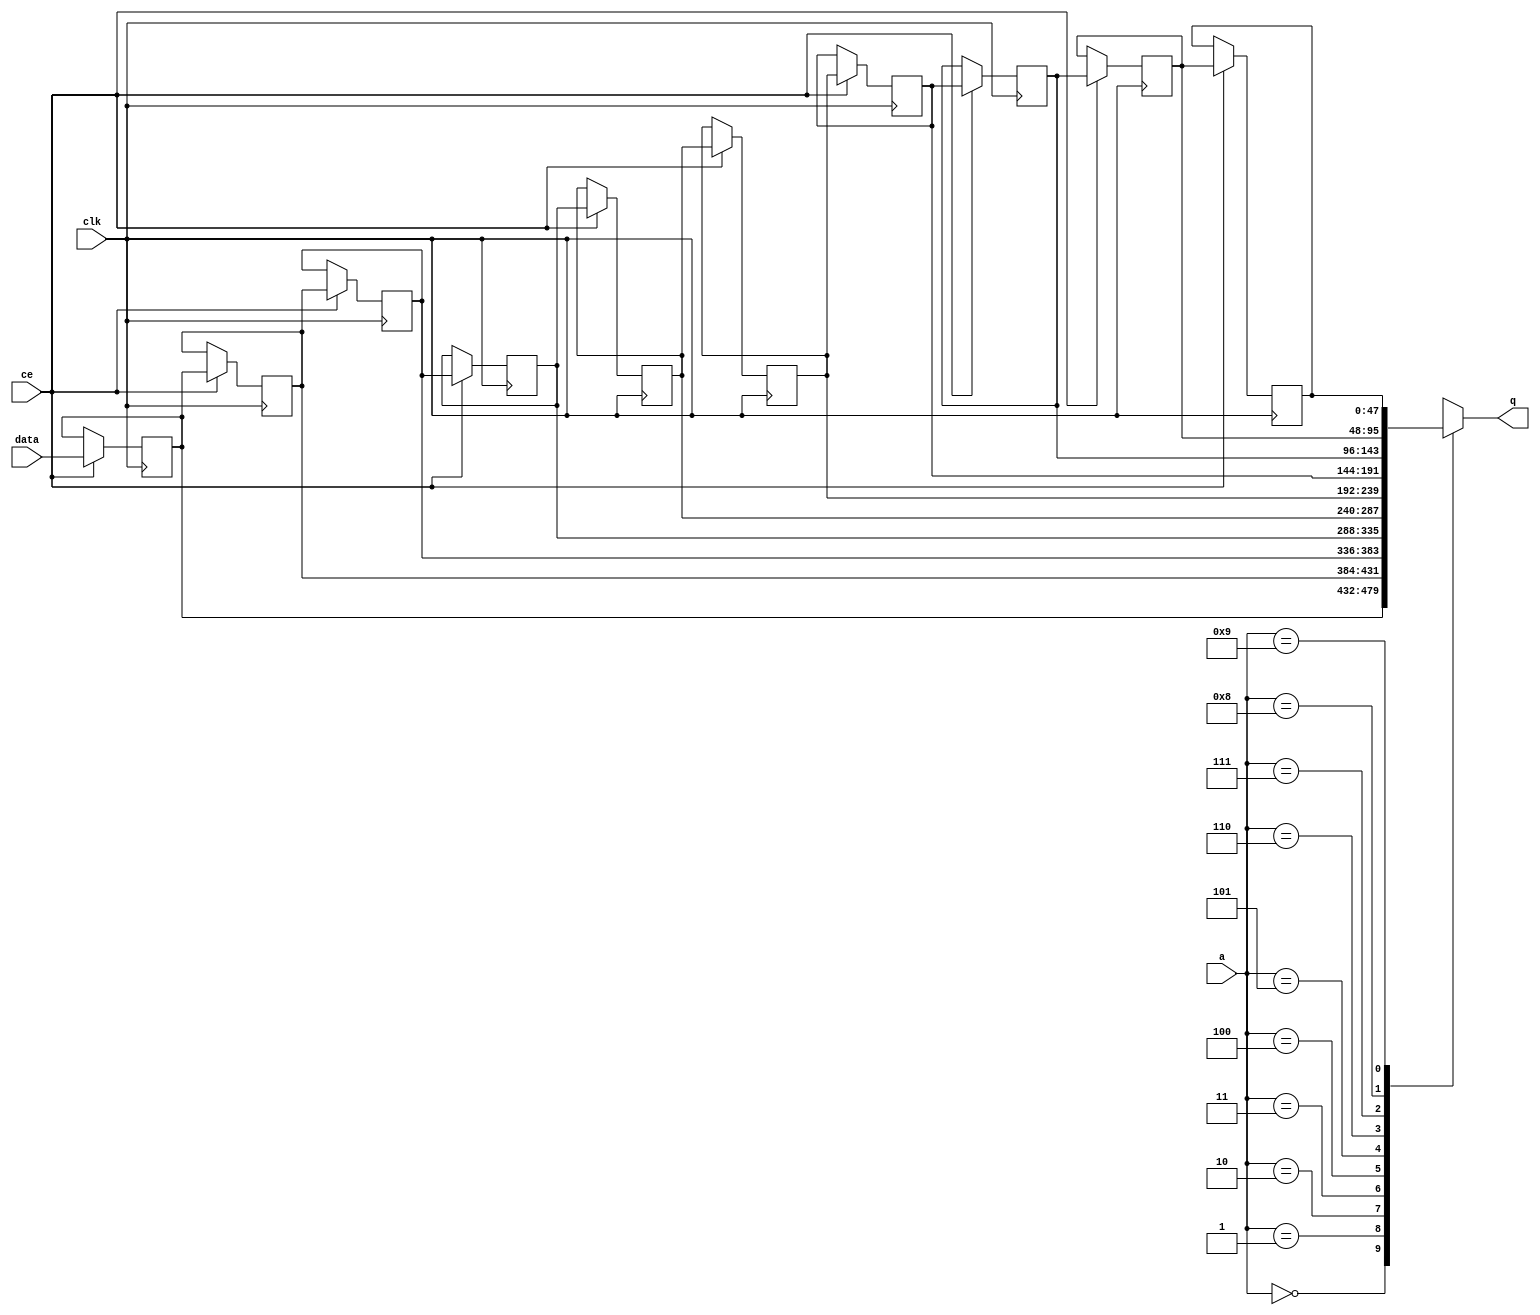
// ==============================================================
// File generated by Vivado(TM) HLS - High-Level Synthesis from C, C++ and SystemC
// Version: 2018.1
// Copyright (C) 1986-2018 Xilinx, Inc. All Rights Reserved.
// 
// ==============================================================


`timescale 1 ns / 1 ps

module fifo_w48_d10_S_shiftReg (
    clk,
    data,
    ce,
    a,
    q);

parameter DATA_WIDTH = 32'd48;
parameter ADDR_WIDTH = 32'd4;
parameter DEPTH = 5'd10;

input clk;
input [DATA_WIDTH-1:0] data;
input ce;
input [ADDR_WIDTH-1:0] a;
output [DATA_WIDTH-1:0] q;

reg[DATA_WIDTH-1:0] SRL_SIG [0:DEPTH-1];
integer i;

always @ (posedge clk)
    begin
        if (ce)
        begin
            for (i=0;i<DEPTH-1;i=i+1)
                SRL_SIG[i+1] <= SRL_SIG[i];
            SRL_SIG[0] <= data;
        end
    end

assign q = SRL_SIG[a];

endmodule

module fifo_w48_d10_S (
    clk,
    reset,
    if_empty_n,
    if_read_ce,
    if_read,
    if_dout,
    if_full_n,
    if_write_ce,
    if_write,
    if_din);

parameter MEM_STYLE   = "shiftreg";
parameter DATA_WIDTH  = 32'd48;
parameter ADDR_WIDTH  = 32'd4;
parameter DEPTH       = 5'd10;

input clk;
input reset;
output if_empty_n;
input if_read_ce;
input if_read;
output[DATA_WIDTH - 1:0] if_dout;
output if_full_n;
input if_write_ce;
input if_write;
input[DATA_WIDTH - 1:0] if_din;

wire[ADDR_WIDTH - 1:0] shiftReg_addr ;
wire[DATA_WIDTH - 1:0] shiftReg_data, shiftReg_q;
wire                     shiftReg_ce;
reg[ADDR_WIDTH:0] mOutPtr = ~{(ADDR_WIDTH+1){1'b0}};
reg internal_empty_n = 0, internal_full_n = 1;

assign if_empty_n = internal_empty_n;
assign if_full_n = internal_full_n;
assign shiftReg_data = if_din;
assign if_dout = shiftReg_q;

always @ (posedge clk) begin
    if (reset == 1'b1)
    begin
        mOutPtr <= ~{ADDR_WIDTH+1{1'b0}};
        internal_empty_n <= 1'b0;
        internal_full_n <= 1'b1;
    end
    else begin
        if (((if_read & if_read_ce) == 1 & internal_empty_n == 1) && 
            ((if_write & if_write_ce) == 0 | internal_full_n == 0))
        begin
            mOutPtr <= mOutPtr - 5'd1;
            if (mOutPtr == 5'd0)
                internal_empty_n <= 1'b0;
            internal_full_n <= 1'b1;
        end 
        else if (((if_read & if_read_ce) == 0 | internal_empty_n == 0) && 
            ((if_write & if_write_ce) == 1 & internal_full_n == 1))
        begin
            mOutPtr <= mOutPtr + 5'd1;
            internal_empty_n <= 1'b1;
            if (mOutPtr == DEPTH - 5'd2)
                internal_full_n <= 1'b0;
        end 
    end
end

assign shiftReg_addr = mOutPtr[ADDR_WIDTH] == 1'b0 ? mOutPtr[ADDR_WIDTH-1:0]:{ADDR_WIDTH{1'b0}};
assign shiftReg_ce = (if_write & if_write_ce) & internal_full_n;

fifo_w48_d10_S_shiftReg 
#(
    .DATA_WIDTH(DATA_WIDTH),
    .ADDR_WIDTH(ADDR_WIDTH),
    .DEPTH(DEPTH))
U_fifo_w48_d10_S_ram (
    .clk(clk),
    .data(shiftReg_data),
    .ce(shiftReg_ce),
    .a(shiftReg_addr),
    .q(shiftReg_q));

endmodule